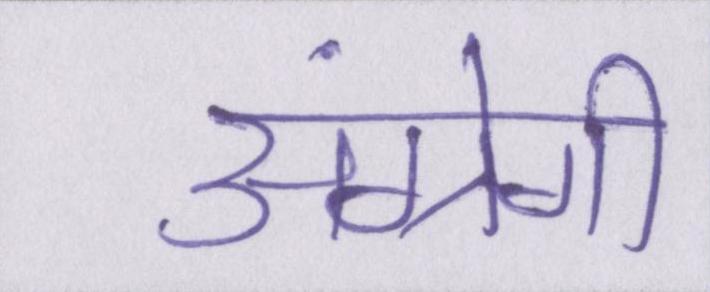
अंग्रेगी